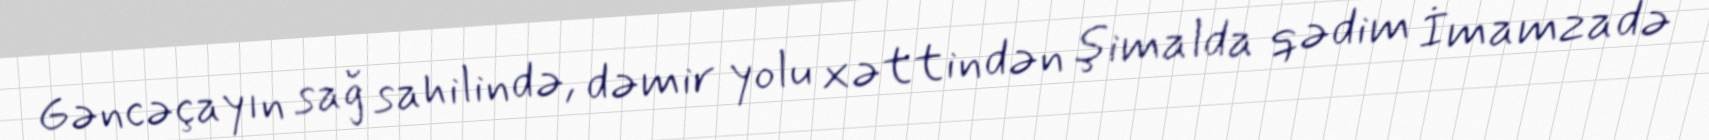
Gəncəçayın sağ sahilində, dəmir yolu xəttindən şimalda qədim İmamzadə